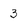
Character: 3